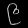
Digit: ၉